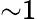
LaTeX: {\sim}1